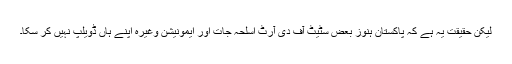
لیکن حقیقت یہ ہے کہ پاکستان ہنوز بعض سٹیٹ آف دی آرٹ اسلحہ جات اور ایمونیشن وغیرہ اپنے ہاں ڈویلپ نہیں کر سکا۔